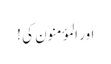
اور المؤمنون کی !